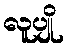
လူပျို